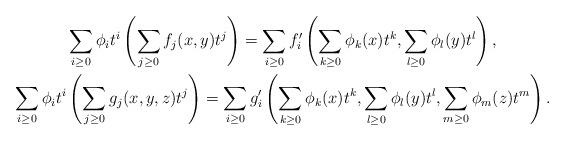
LaTeX: \begin{gather*}\sum_{i\geq0}\phi_it^i\left(\sum_{j\geq0}f_j(x, y)t^j\right)=\sum_{i\geq0}f_i'\left(\sum_{k\geq0}\phi_k(x)t^k, \sum_{l\geq0}\phi_l(y)t^l\right),\\\sum_{i\geq0}\phi_it^i\left(\sum_{j\geq0}g_j(x, y, z)t^j\right)=\sum_{i\geq0}g_i'\left(\sum_{k\geq0}\phi_k(x)t^k, \sum_{l\geq0}\phi_l(y)t^l, \sum_{m\geq0}\phi_m(z)t^m\right).\end{gather*}